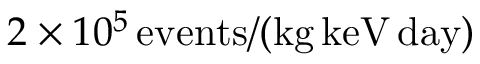
2 \times 1 0 ^ { 5 } \, \mathrm { e v e n t s } / ( \mathrm { k g } \, \mathrm { k e V } \, \mathrm { d a y } )